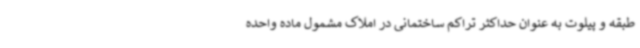
طبقه و پیلوت به عنوان حداکثر تراکم ساختمانی در املاک مشمول ماده واحده